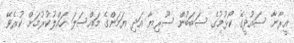
އީރާނާ ސައުދީގެ ކޯޅުމުގެ ސަބަބުން ސޫރިޔާ އަދި ޔަމަންގެ މައްސަލަ ހައްލުކުރުމަށް ކުރެވޭ